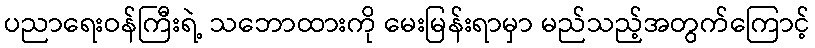
ပညာရေးဝန်ကြီးရဲ့ သဘောထားကို မေးမြန်းရာမှာ မည်သည့်အတွက်ကြောင့်